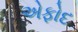
એફોદ